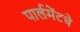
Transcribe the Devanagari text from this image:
पार्लमेंटचे